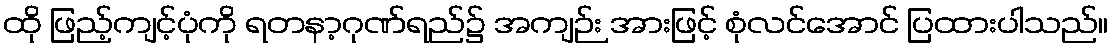
ထို ဖြည့်ကျင့်ပုံကို ရတနာ့ဂုဏ်ရည်၌ အကျဉ်း အားဖြင့် စုံလင်အောင် ပြထားပါသည်။